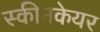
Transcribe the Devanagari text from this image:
स्कीनकेयर